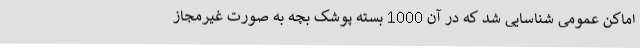
اماکن عمومی شناسایی شد که در آن 1000 بسته پوشک بچه به صورت غیرمجاز